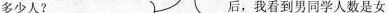
多少人? 后，我看到男同学人数是女，